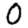
Digit: 0